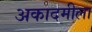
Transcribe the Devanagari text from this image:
अकादमीला